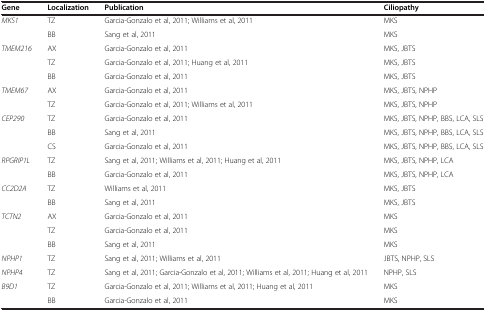
<table><thead><tr><td><b>Gene</b></td><td><b>Localization</b></td><td><b>Publication</b></td><td><b>Ciliopathy</b></td></tr></thead><tbody><tr><td><i>MKS1</i></td><td>TZ</td><td>Garcia-Gonzalo et al, 2011; Williams et al, 2011</td><td>MKS</td></tr><tr><td> </td><td>BB</td><td>Sang et al, 2011</td><td>MKS</td></tr><tr><td><i>TMEM216</i></td><td>AX</td><td>Garcia-Gonzalo et al, 2011</td><td>MKS, JBTS</td></tr><tr><td> </td><td>TZ</td><td>Garcia-Gonzalo et al, 2011; Huang et al, 2011</td><td>MKS, JBTS</td></tr><tr><td> </td><td>BB</td><td>Garcia-Gonzalo et al, 2011</td><td>MKS, JBTS</td></tr><tr><td><i>TMEM67</i></td><td>AX</td><td>Garcia-Gonzalo et al, 2011</td><td>MKS, JBTS, NPHP</td></tr><tr><td> </td><td>TZ</td><td>Garcia-Gonzalo et al, 2011; Williams et al, 2011</td><td>MKS, JBTS, NPHP</td></tr><tr><td><i>CEP290</i></td><td>TZ</td><td>Garcia-Gonzalo et al, 2011</td><td>MKS, JBTS, NPHP, BBS, LCA, SLS</td></tr><tr><td> </td><td>BB</td><td>Sang et al, 2011</td><td>MKS, JBTS, NPHP, BBS, LCA, SLS</td></tr><tr><td> </td><td>CS</td><td>Garcia-Gonzalo et al, 2011</td><td>MKS, JBTS, NPHP, BBS, LCA, SLS</td></tr><tr><td><i>RPGRIP1L</i></td><td>TZ</td><td>Sang et al, 2011; Williams et al, 2011; Huang et al, 2011</td><td>MKS, JBTS, NPHP, LCA</td></tr><tr><td> </td><td>BB</td><td>Garcia-Gonzalo et al, 2011</td><td>MKS, JBTS, NPHP, LCA</td></tr><tr><td><i>CC2D2A</i></td><td>TZ</td><td>Williams et al, 2011</td><td>MKS, JBTS</td></tr><tr><td> </td><td>BB</td><td>Sang et al, 2011</td><td>MKS, JBTS</td></tr><tr><td><i>TCTN2</i></td><td>AX</td><td>Garcia-Gonzalo et al, 2011</td><td>MKS</td></tr><tr><td> </td><td>TZ</td><td>Garcia-Gonzalo et al, 2011</td><td>MKS</td></tr><tr><td> </td><td>BB</td><td>Sang et al, 2011</td><td>MKS</td></tr><tr><td><i>NPHP1</i></td><td>TZ</td><td>Sang et al, 2011; Williams et al, 2011</td><td>JBTS, NPHP, SLS</td></tr><tr><td><i>NPHP4</i></td><td>TZ</td><td>Sang et al, 2011; Garcia-Gonzalo et al, 2011; Williams et al, 2011; Huang et al, 2011</td><td>NPHP, SLS</td></tr><tr><td><i>B9D1</i></td><td>TZ</td><td>Garcia-Gonzalo et al, 2011; Williams et al, 2011; Huang et al, 2011</td><td>MKS</td></tr><tr><td> </td><td>BB</td><td>Garcia-Gonzalo et al, 2011</td><td>MKS</td></tr></tbody></table>